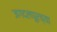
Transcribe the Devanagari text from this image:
जगदलपूरच्या